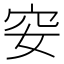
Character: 𥤨